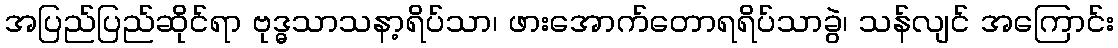
အပြည်ပြည်ဆိုင်ရာ ဗုဒ္ဓသာသနာ့ရိပ်သာ၊ ဖားအောက်တောရရိပ်သာခွဲ၊ သန်လျင် အကြောင်း